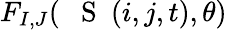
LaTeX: F_{I,J}({\mathrm{~{~\mathbf~S~}~}}(i,j,t),\theta)